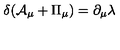
\delta ( { \cal A } _ { \mu } + { \Pi } _ { \mu } ) = \partial _ { \mu } \lambda